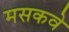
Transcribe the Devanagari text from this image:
मसकवे